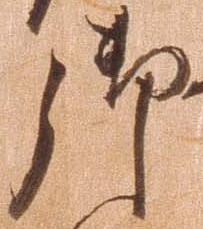
御